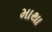
માથા